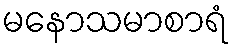
မနောသမာစာရံ